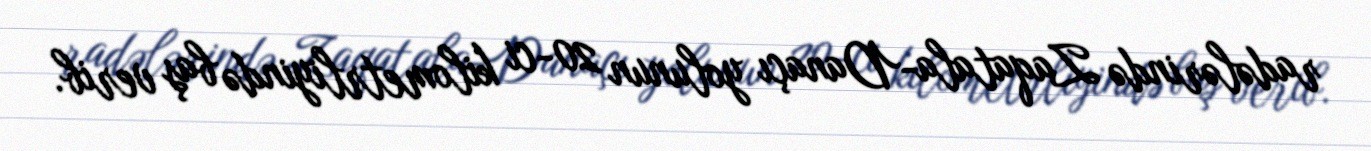
radələrində Zaqatala-Danaçı yolunun 20-ci kilometrliyində baş verib.